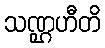
သဏ္ဌဟီတိ